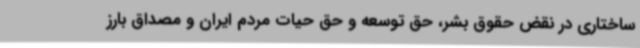
ساختاری در نقض حقوق بشر، حق توسعه و حق حیات مردم ایران و مصداق بارز